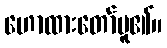
ဟောထားတော်မူ၏။